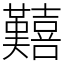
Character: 囏